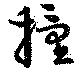
撞